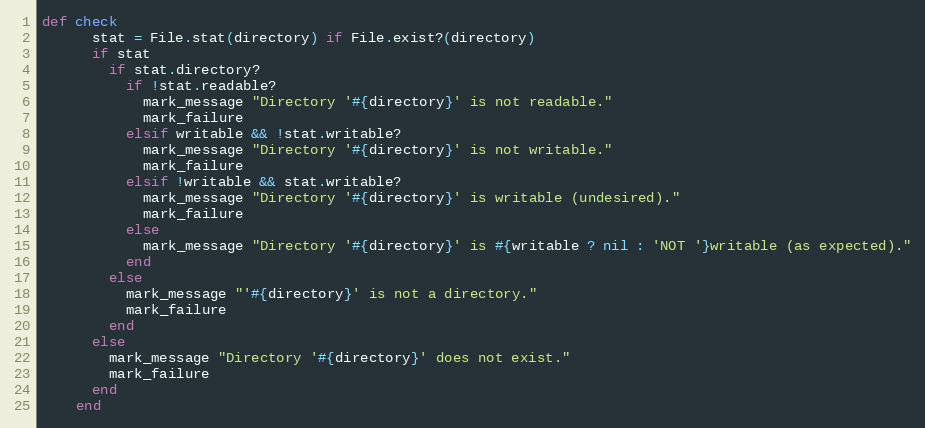
Language: Ruby
def check
      stat = File.stat(directory) if File.exist?(directory)
      if stat
        if stat.directory?
          if !stat.readable?
            mark_message "Directory '#{directory}' is not readable."
            mark_failure
          elsif writable && !stat.writable?
            mark_message "Directory '#{directory}' is not writable."
            mark_failure
          elsif !writable && stat.writable?
            mark_message "Directory '#{directory}' is writable (undesired)."
            mark_failure
          else
            mark_message "Directory '#{directory}' is #{writable ? nil : 'NOT '}writable (as expected)."
          end
        else
          mark_message "'#{directory}' is not a directory."
          mark_failure
        end
      else
        mark_message "Directory '#{directory}' does not exist."
        mark_failure
      end
    end